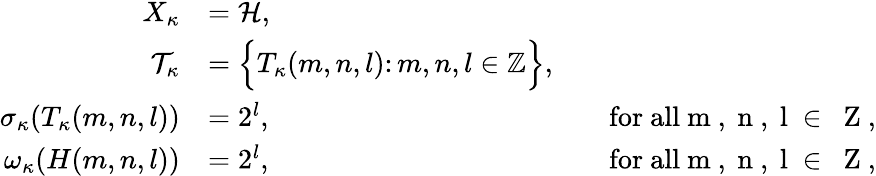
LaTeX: \begin{array}{rlrl}{X_{\kappa}}&{=\mathcal{H},}\\ {\mathcal{T}_{\kappa}}&{=\Big\{ T_{\kappa}(m,n,l)\colon m,n,l\in{\mathbb Z}\Big\} ,}\\ {\sigma_{\kappa}(T_{\kappa}(m,n,l))}&{=2^{l},}&&{\mathrm{for~all~m~,~n~,~l~\in~{\mathbb~Z}~,}}\\ {\omega_{\kappa}(H(m,n,l))}&{=2^{l},}&&{\mathrm{for~all~m~,~n~,~l~\in~{\mathbb~Z}~,}}\end{array}